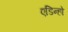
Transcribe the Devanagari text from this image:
एडिन्हो